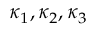
\kappa _ { 1 } , \kappa _ { 2 } , \kappa _ { 3 }